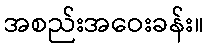
အစည်းအဝေးခန်း။